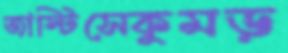
জাস্টিসেকুমড়